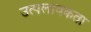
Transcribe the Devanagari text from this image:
उत्पलावकता